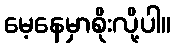
မေ့နေမှာစိုးလို့ပါ။